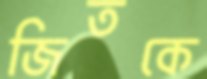
জিতকে